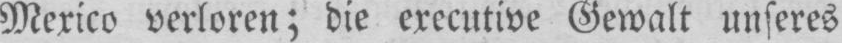
Mexico verloren; die executive Gewalt unseres